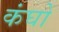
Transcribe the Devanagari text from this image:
कंघों